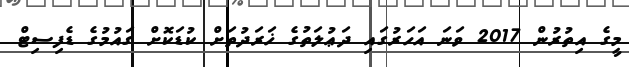
މީގެ އިތުރުން 2017 ވަނަ އަހަރުގައި ދަޢުލަތުގެ ޚަރަދުތަށް ކުޑަކޮށް ގައުމުގެ ޑެފިސިޓް